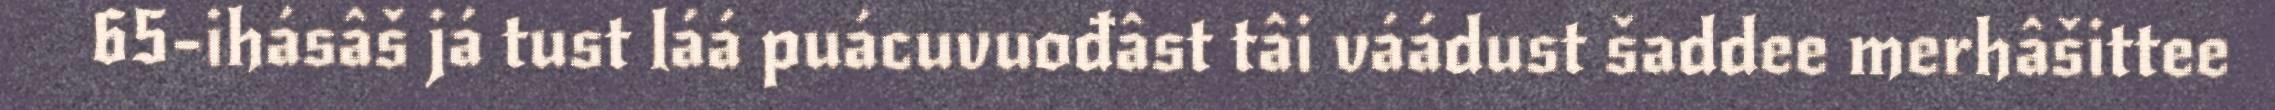
65-ihásâš já tust láá puácuvuođâst tâi váádust šaddee merhâšittee